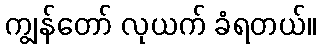
ကျွန်တော် လုယက် ခံရတယ်။